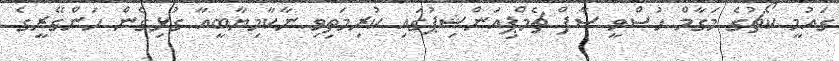
ގައުމީ ކޯޗުގެ މަގާމް ހުސްވީ ސާފް ޗެމްޕިއަންޝިޕުގައި ކުރިމަތިވި ނާކާމިޔާބީއާ ގުޅިގެން ހަންގޭރީގެ